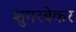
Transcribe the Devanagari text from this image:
शुगरबेकर